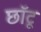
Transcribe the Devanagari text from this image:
छॉटू